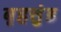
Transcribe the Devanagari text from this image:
बृहत्तुंड